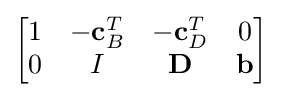
{\begin{bmatrix}1&-\mathbf {c} _{B}^{T}&-\mathbf {c} _{D}^{T}&0\\0&I&\mathbf {D} &\mathbf {b} \end{bmatrix}}